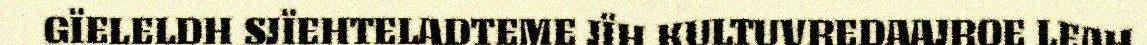
GÏELELDH SJÏEHTELADTEME JÏH KULTUVREDAAJROE LEAH